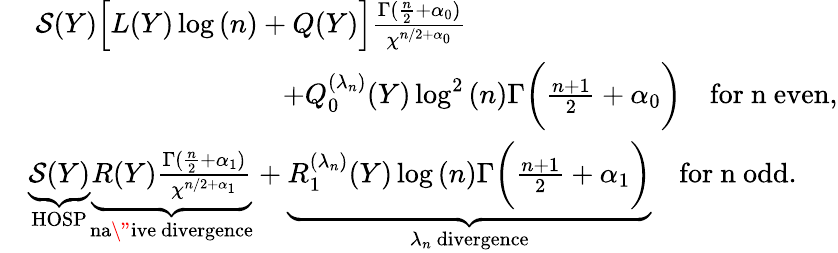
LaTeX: \begin{array}{rl}&{~\mathcal{S}(Y)\Big[L(Y)\log{(n)}+Q(Y)\Big]\frac{\Gamma(\frac{n}{2}+\alpha_{0})}{\chi^{n/2+\alpha_{0}}}\qquad}\\ &{\qquad\qquad\qquad\qquad\quad+Q_{0}^{(\lambda_{n})}(Y)\log^{2}{(n)}\Gamma\bigg(\frac{n+1}{2}+\alpha_{0}\bigg)\quad\mathrm{for~n~even},}\\ &{\underbrace{\mathcal{S}(Y)}_{\mathrm{HOSP}}\underbrace{R(Y)\frac{\Gamma(\frac{n}{2}+\alpha_{1})}{\chi^{n/2+\alpha_{1}}}}_{\mathrm{na\" ive~divergence}}+\underbrace{R_{1}^{(\lambda_{n})}(Y)\log{(n)}\Gamma\bigg(\frac{n+1}{2}+\alpha_{1}\bigg)}_{{\lambda_{n}\mathrm{~divergence}}}\quad\mathrm{for~n~odd}.}\end{array}